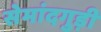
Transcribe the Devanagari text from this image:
सेमांदगुड़ी